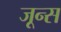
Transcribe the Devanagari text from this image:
जून्स